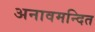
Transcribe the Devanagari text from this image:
अनावमन्दित